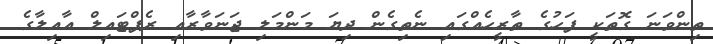
ތިންވަނަ ގޮތަކީ ފަހުގެ ތާރީހެއްގައި ނެތިގެން ދިޔަ މަންމަލި ޖަނަވާރާއި ރެޕްޓައިލް އާއިލާގެ